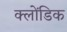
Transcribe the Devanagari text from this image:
क्लोंडिक